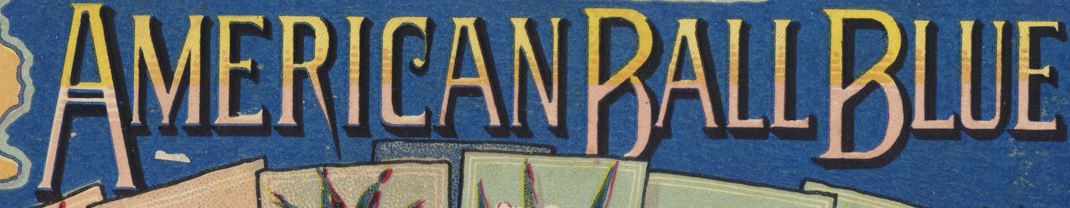
AMERICANBALLBLUE